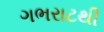
ગભરાટથી